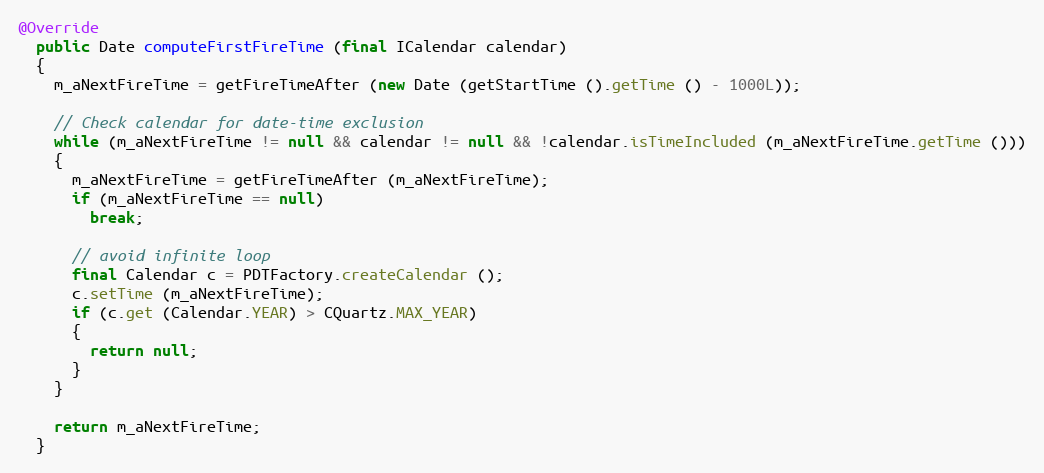
Language: Java
@Override
  public Date computeFirstFireTime (final ICalendar calendar)
  {
    m_aNextFireTime = getFireTimeAfter (new Date (getStartTime ().getTime () - 1000L));

    // Check calendar for date-time exclusion
    while (m_aNextFireTime != null && calendar != null && !calendar.isTimeIncluded (m_aNextFireTime.getTime ()))
    {
      m_aNextFireTime = getFireTimeAfter (m_aNextFireTime);
      if (m_aNextFireTime == null)
        break;

      // avoid infinite loop
      final Calendar c = PDTFactory.createCalendar ();
      c.setTime (m_aNextFireTime);
      if (c.get (Calendar.YEAR) > CQuartz.MAX_YEAR)
      {
        return null;
      }
    }

    return m_aNextFireTime;
  }